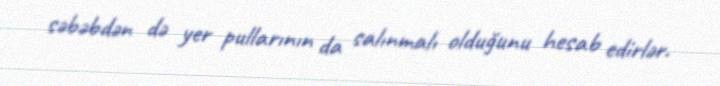
səbəbdən də yer pullarının da salınmalı olduğunu hesab edirlər.